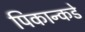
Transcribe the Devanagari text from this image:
पिकान्कडे